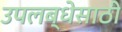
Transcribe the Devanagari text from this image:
उपलब्धेसाठी